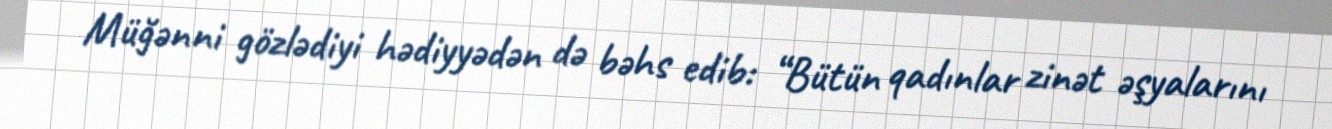
Müğənni gözlədiyi hədiyyədən də bəhs edib: “Bütün qadınlar zinət əşyalarını